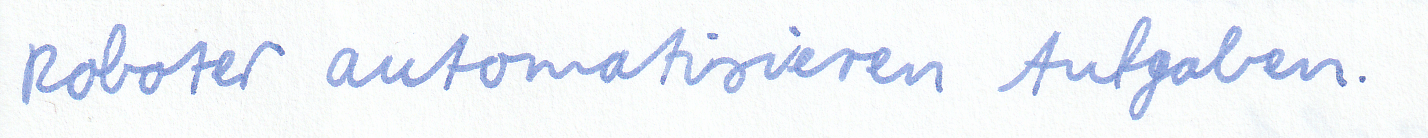
Roboter automatisieren Aufgaben.